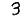
Digit: 3